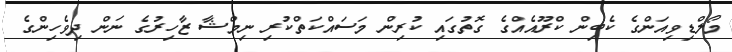
މޯލްޑިވިއަންގެ ކެބިން ކްރޫއެެއްގެ ގޮތުގައި ކުރިން މަސައްކަތްކުރި ނިމްޝާ ޒާހިރުގެ ނަން ދިވެހިންގެ